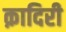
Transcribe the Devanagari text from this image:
क़ादिरी